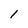
Character: 1